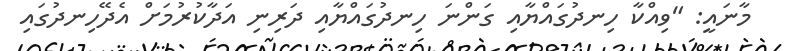
މާނައީ: "ވިއްކާ ހިނދުގައްޔާއި ގަންނަ ހިނދުގައްޔާއި ދަރިނި އަދާކުރުމަށް އެދޭހިނދުގައި